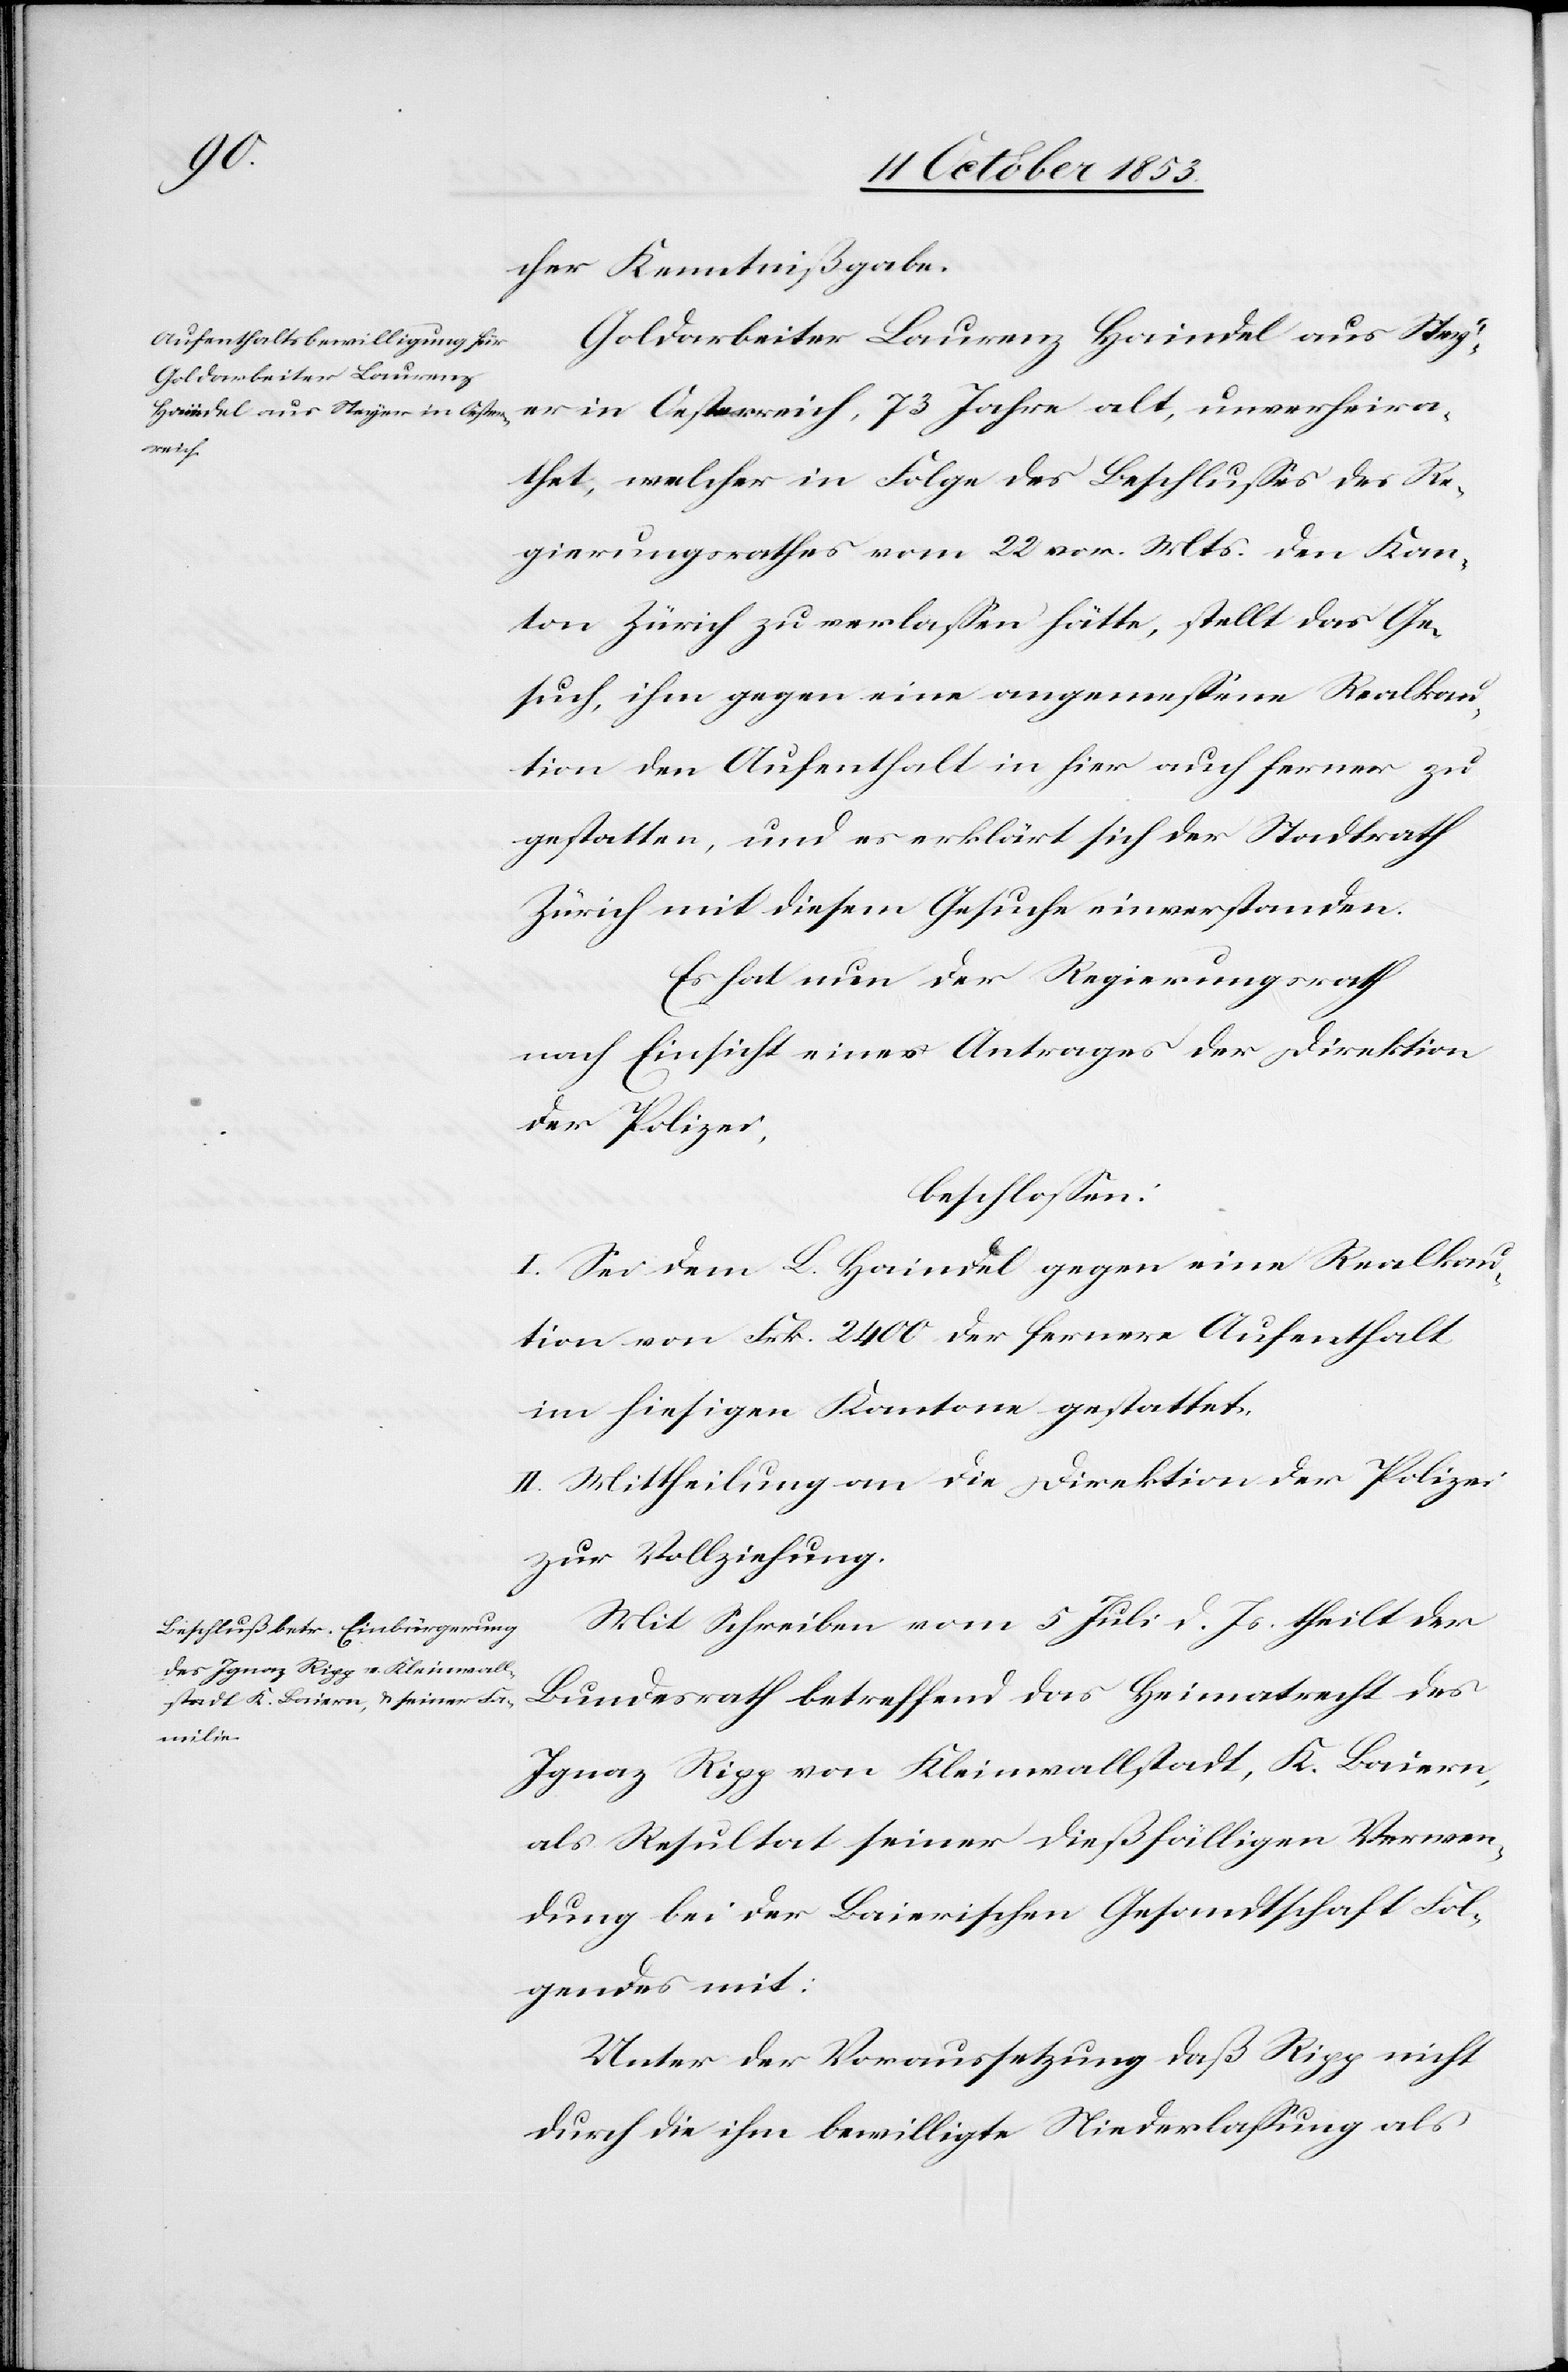
cher Kenntnißgabe.
Goldarbeiter Laurenz Haindel aus Stey¬
er Oesterreich, 73 Jahre alt, unverheira¬
thet, welcher in Folge des Beschlußes des Re¬
gierungsrathes vom 22 vor. Mts. den Kan¬
ton Zürich zu verlaßen hätte, stellt das Ge¬
such, ihm gegen eine angemeßene Realkau¬
tion den Aufenthalt in hier auch ferner zu
gestatten, und es erklärt sich der Stadtrath
Zürich mit diesem Gesuche einverstanden.
Es hat nun der Regierungsrath
der Polizei,
beschloßen:
I. Sei dem L. Haindel gegen eine Realkau¬
tion von Frk. 2400 der fernere Aufenthalt
im hiesigen Kantone gestattet.
II. Mittheilung an die Direktion der Polizei
zur Vollziehung.
Mit Schreiben vom 5 Juli d. Js. theilt der
Ripp von Kleinwallstadt, K. Baiern,
als Resultat seiner dießfälligen Verwen¬
dung bei der Baierischen Gesandtschaft Fol¬
gendes mit:
Unter der Voraussetzung daß Ripp nicht
durch die ihm bewilligte Niederlaßung als